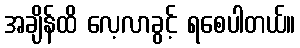
အချိန်ထိ လေ့လာခွင့် ရစေပါတယ်။